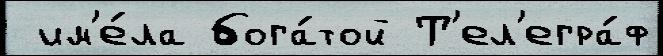
 им'е́ла бога́той Т'ел'егра́ф